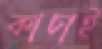
কাচাই